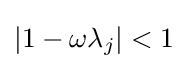
|1-\omega \lambda _{j}|<1